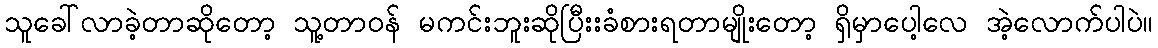
သူခေါ်လာခဲ့တာဆိုတော့ သူ့တာဝန် မကင်းဘူးဆိုပြီးးခံစားရတာမျိုးတော့ ရှိမှာပေါ့လေ အဲ့လောက်ပါပဲ။